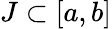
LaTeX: J\subset[a,b]